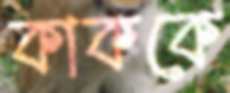
কাককে